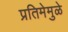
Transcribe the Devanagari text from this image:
प्रतिमेमुळे